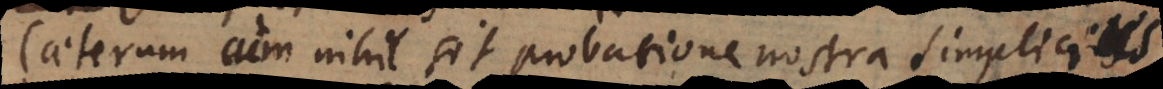
Caeterum cum nihil sit probatione nostra simplicius,